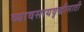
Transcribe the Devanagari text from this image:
व्यावसायवृद्धीसाठी